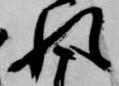
れ